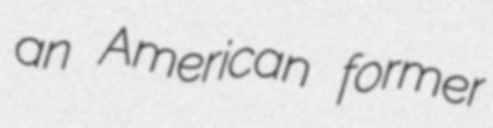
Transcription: an American former